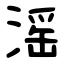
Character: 滛